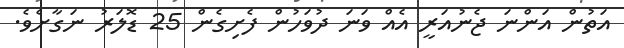
އަތުން އަންނަ ޖެނުއަރީ އެއް ވަނަ ދުވަހުން ފެށިގެން 25 ޑޮލަރު ނަގާށެވެ.